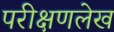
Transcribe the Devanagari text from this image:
परीक्षणलेख